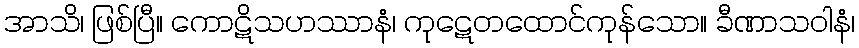
အာသိ၊ ဖြစ်ပြီ။ ကောဋိသဟဿာနံ၊ ကုဋေတထောင်ကုန်သော။ ခီဏာသဝါနံ၊